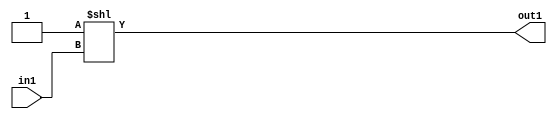
`timescale 1ps / 1ps
/*****************************************************************************
    Verilog RTL Description
    
    
    Created by: Stratus DpOpt 2019.1.01 
*******************************************************************************/

module SobelFilter_DECODE_4U_8_4 (
	in1,
	out1
	); /* architecture "behavioural" */ 
input [1:0] in1;
output [3:0] out1;
wire [3:0] asc001;

assign asc001 = 4'B0001 << in1;

assign out1 = asc001;
endmodule

/* CADENCE  urjxTg0= : u9/ySgnWtBlWxVPRXgAZ4Og= ** DO NOT EDIT THIS LINE ******/